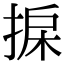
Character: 𢮄